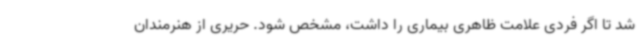
شد تا اگر فردی علامت ظاهری بیماری را داشت، مشخص شود. حریری از هنرمندان